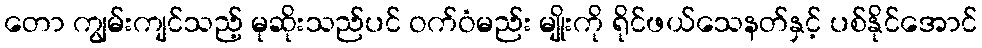
တော ကျွမ်းကျင်သည့် မုဆိုးသည်ပင် ဝက်ဝံမည်း မျိုးကို ရိုင်ဖယ်သေနတ်နှင့် ပစ်နိုင်အောင်